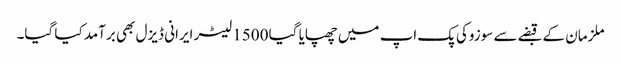
ملزمان کے قبضے سے سوزوکی پک اپ میں چھپایا گیا 1500 لیٹر ایرانی ڈیزل بھی برآمد کیا گیا۔